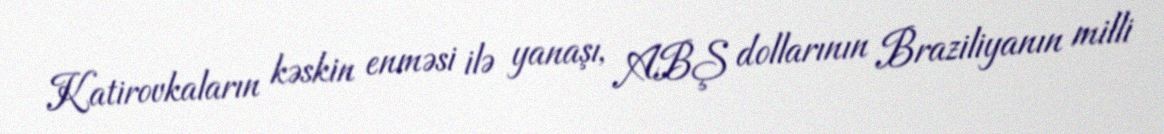
Katirovkaların kəskin enməsi ilə yanaşı, ABŞ dollarının Braziliyanın milli